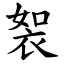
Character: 䘫